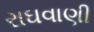
રાઘવાણી